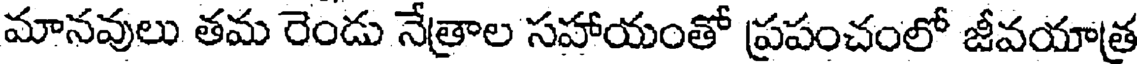
మానవులు తమ రెండు నేత్రాల సహాయంతో ప్రపంచంలో జీవయాత్ర